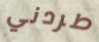
طردني